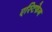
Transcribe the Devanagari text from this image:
एस्टिफेन